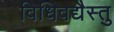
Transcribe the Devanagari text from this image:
विधिवद्यैस्तु